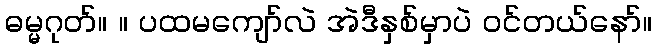
ဓမ္မဂုတ်။ ။ ပထမကျော်လဲ အဲဒီနှစ်မှာပဲ ဝင်တယ်နော်။